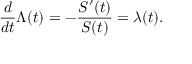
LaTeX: { \frac { d } { d t } } \Lambda ( t ) = - { \frac { S ^ { \prime } ( t ) } { S ( t ) } } = \lambda ( t ) .